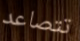
تتصاعد